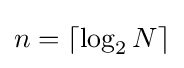
n=\left\lceil {\log _{2}N}\right\rceil